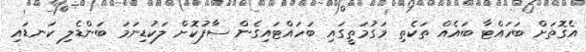
އެގޮތަށް ބަހައްޓާ ބައެއް ތަކެތި މަގުމަތީގައި ބަހައްޓައިގެން ސާފުކޮށް ލަކުޑިނަމަ ބަންޑެލި ކަނޑައި